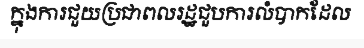
ក្នុងការជួយប្រជាពលរដ្ឋជួបការលំបាកដែល